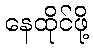
နေထိုင်ဖို့